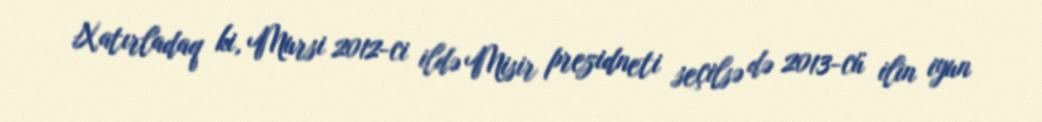
Xatırladaq ki, Mursi 2012-ci ildə Misir prezidneti seçilsə də 2013-cü ilin iyun